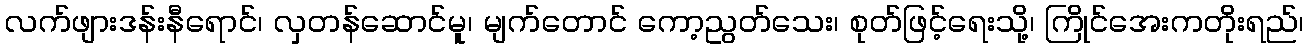
လက်ဖျားဒန်းနီရောင်၊ လှတန်ဆောင်မူ၊ မျက်တောင် ကော့ညွတ်သေး၊ စုတ်ဖြင့်ရေးသို့၊ ကြိုင်အေးကတိုးရည်၊